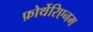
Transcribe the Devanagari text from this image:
फ़ोर्थेरिएनम